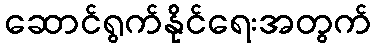
ဆောင်ရွက်နိုင်ရေးအတွက်